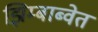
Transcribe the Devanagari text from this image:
झिम्बाब्वेत